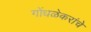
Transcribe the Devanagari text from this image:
गोंधळेकरांचे